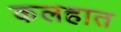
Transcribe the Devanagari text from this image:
कलहात